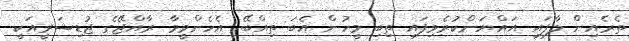
ތެރެއިން ލާފައި އައްޔަންކުރެވިފައި ތިބި މީހުން އެބަ ތިއްބޭ. އެހެންވީމާ ރާއްޖޭގެ ޖުޑިޝަރީއަކީ